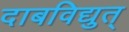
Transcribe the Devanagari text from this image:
दाबविद्युत्‌